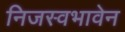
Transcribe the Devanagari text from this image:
निजस्वभावेन